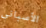
الأسباني